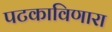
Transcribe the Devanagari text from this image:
पटकाविणारा